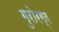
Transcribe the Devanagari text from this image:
गुरोरग्र